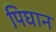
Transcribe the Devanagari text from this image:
पिघान